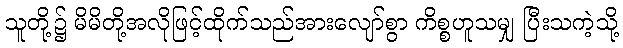
သူတို့၌ မိမိတို့အလိုဖြင့်ထိုက်သည်အားလျော်စွာ ကိစ္စဟူသမျှ ပြီးသကဲ့သို့